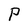
Character: P